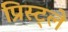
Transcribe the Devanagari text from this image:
प्रिस्ट्ले